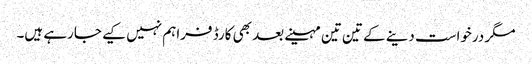
مگر درخواست دینے کے تین تین مہینے بعد بھی کارڈ فراہم نہیں کیے جارہے ہیں۔